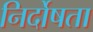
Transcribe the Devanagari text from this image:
निर्दोषता